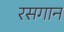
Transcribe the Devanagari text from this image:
रसगान